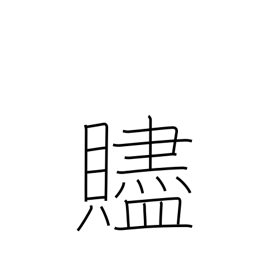
Meaning: parting gift